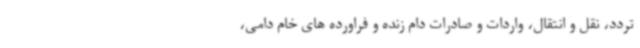
تردد، نقل و انتقال، واردات و صادرات دام زنده و فراورده های خام دامی،